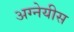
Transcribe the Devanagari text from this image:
अग्नेयीस